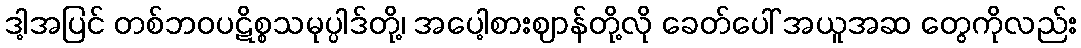
ဒါ့အပြင် တစ်ဘဝပဋိစ္စသမုပ္ပါဒ်တို့၊ အပေါ့စားဈာန်တို့လို ခေတ်ပေါ် အယူအဆ တွေကိုလည်း